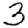
Digit: 3